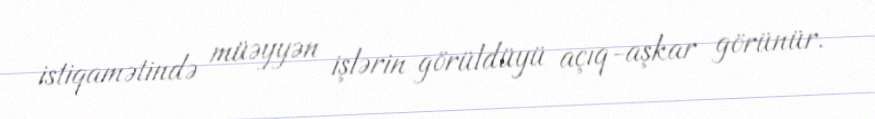
istiqamətində müəyyən işlərin görüldüyü açıq-aşkar görünür.